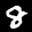
Label: 8